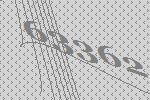
63362